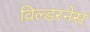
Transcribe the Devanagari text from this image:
विल्डरनेस